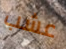
عشب